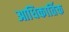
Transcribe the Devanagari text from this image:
आधिकार्तिक